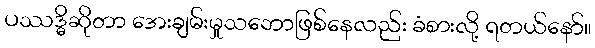
ပဿဒ္ဓိဆိုတာ အေးချမ်းမှုသဘောဖြစ်နေလည်း ခံစားလို့ ရတယ်နော်။